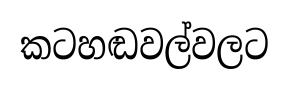
කටහඬවල්වලට